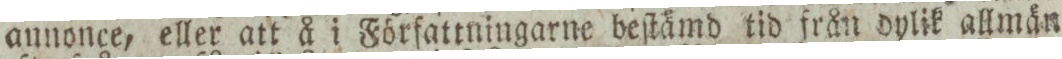
annonce, eller att å i Författningarne beſtämd tid från dylik allmän